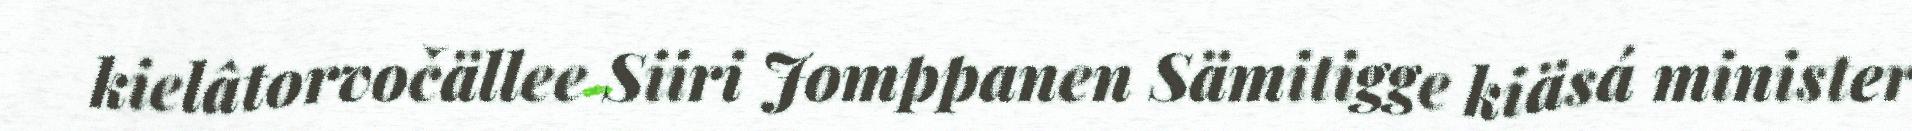
kielâtorvočällee Siiri Jomppanen Sämitigge kiäsá minister